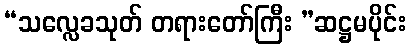
“သလ္လေခသုတ် တရားတော်ကြီး ”ဆဋ္ဌမပိုင်း